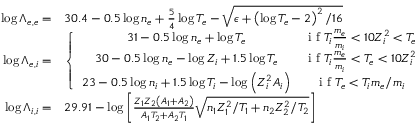
\begin{array} { r l } { \log \Lambda _ { e , e } = } & { 3 0 . 4 - 0 . 5 \log n _ { e } + \frac { 5 } { 4 } \log T _ { e } - \sqrt { \epsilon + \left( \log T _ { e } - 2 \right) ^ { 2 } / 1 6 } } \\ { \log \Lambda _ { e , i } = } & { \left\{ \begin{array} { c c } { 3 1 - 0 . 5 \log n _ { e } + \log T _ { e } } & { \textrm { i f } T _ { i } \frac { m _ { e } } { m _ { i } } < 1 0 Z _ { i } ^ { 2 } < T _ { e } } \\ { 3 0 - 0 . 5 \log n _ { e } - \log Z _ { i } + 1 . 5 \log T _ { e } } & { \textrm { i f } T _ { i } \frac { m _ { e } } { m _ { i } } < T _ { e } < 1 0 Z _ { i } ^ { 2 } } \\ { 2 3 - 0 . 5 \log n _ { i } + 1 . 5 \log T _ { i } - \log \left( Z _ { i } ^ { 2 } A _ { i } \right) } & { \textrm { i f } T _ { e } < T _ { i } m _ { e } / m _ { i } } \end{array} \right. } \\ { \log \Lambda _ { i , i } = } & { 2 9 . 9 1 - \log \left[ \frac { Z _ { 1 } Z _ { 2 } \left( A _ { 1 } + A _ { 2 } \right) } { A _ { 1 } T _ { 2 } + A _ { 2 } T _ { 1 } } \sqrt { n _ { 1 } Z _ { 1 } ^ { 2 } / T _ { 1 } + n _ { 2 } Z _ { 2 } ^ { 2 } / T _ { 2 } } \right] } \end{array}